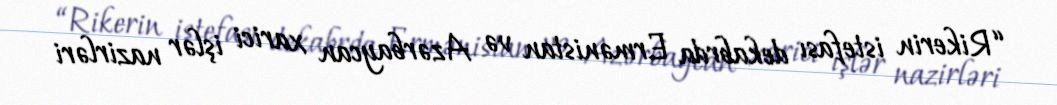
“Rikerin istefası dekabrda Ermənistan və Azərbaycan xarici işlər nazirləri